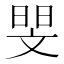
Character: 𮲗